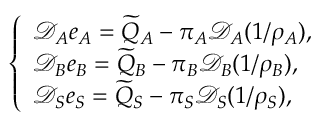
\left\{ \begin{array} { l l } { \mathcal { D } _ { A } e _ { A } = \widetilde { Q } _ { A } - \pi _ { A } \mathcal { D } _ { A } ( 1 / \rho _ { A } ) , } \\ { \mathcal { D } _ { B } e _ { B } = \widetilde { Q } _ { B } - \pi _ { B } \mathcal { D } _ { B } ( 1 / \rho _ { B } ) , } \\ { \mathcal { D } _ { S } e _ { S } = \widetilde { Q } _ { S } - \pi _ { S } \mathcal { D } _ { S } ( 1 / \rho _ { S } ) , } \end{array} \right.